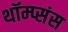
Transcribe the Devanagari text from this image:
थॉम्प्संस